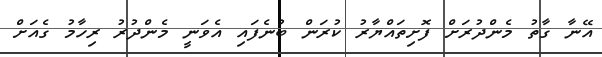
އޭނާ ގާތު މެންދުރަށް ފޮށިތައްޔާރު ކުރަން ބުނެފައި އެވަނީ މެންދުރު ރިހާމު ގެއަށް